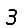
Digit: 3